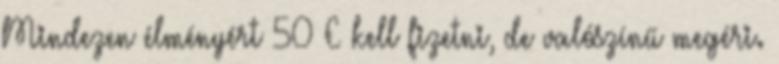
Mindezen élményért 50 € kell fizetni, de valószínű megéri.